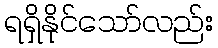
ရရှိနိုင်သော်လည်း